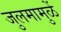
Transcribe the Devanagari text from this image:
जुलमामुळें